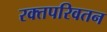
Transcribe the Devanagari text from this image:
रक्तपरिवतन